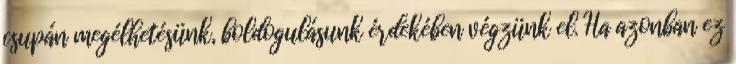
csupán megélhetésünk, boldogulásunk érdekében végzünk el. Ha azonban ez